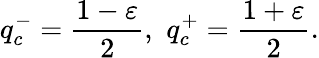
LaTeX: q_{c}^{-}=\frac{1-\varepsilon}{2},\thinspace\thinspace q_{c}^{+}=\frac{1+\varepsilon}{2}.